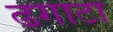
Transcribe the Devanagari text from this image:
ढगाटा